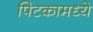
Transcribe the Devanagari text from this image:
पिटकामध्ये